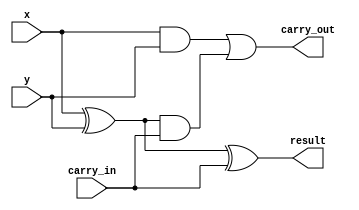
module full_adder(
  input x, y,
  input carry_in,
  output result,
  output carry_out
);

assign result = x ^ y ^ carry_in;
assign carry_out = x & y | (x^y) & carry_in;

endmodule